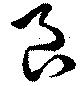
良